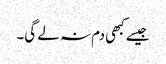
جیسے کبھی دم نہ لے گی۔